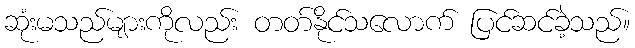
ဆုံးမသည်များကိုလည်း တတ်နိုင်သလောက် ပြင်ဆင်ခဲ့သည်။